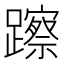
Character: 𨆾